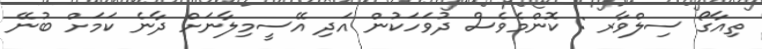
ތިއާގޯ ސިލްވާރ : ކޮންމެވެސް ދުވަހަކުން އަދި އޭސީމިލާނަށް ދާނެ ކަމަށް ބުނޭ